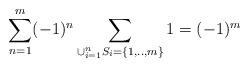
LaTeX: \begin{align*}\sum_{n=1}^{m}(-1)^n\sum_{\cup_{i=1}^{n}S_{i}=\{1,..,m\}}1=(-1)^m\end{align*}